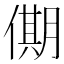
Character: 𠎞